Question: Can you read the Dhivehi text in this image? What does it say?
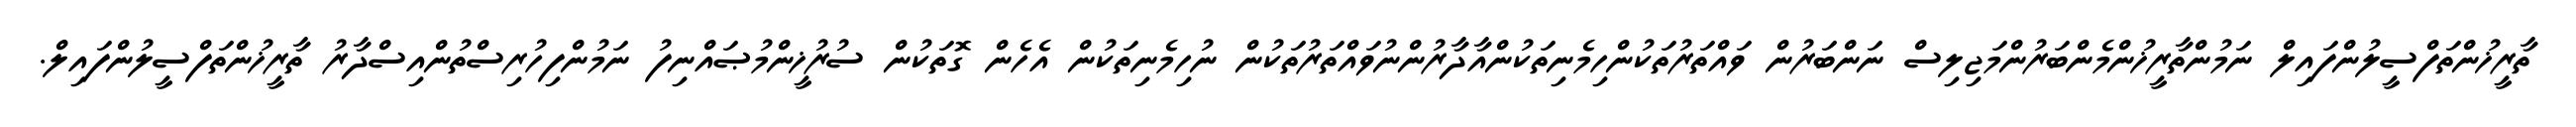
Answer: ތާރީޚުންތަފްސީލުންފައިލް ނަމުންތާރީޚުންމެންބަރުންމަޖިލިސް ނަންބަރުން ވައްތަރުތަކުންހިމެނިތަކުންއާދާރުންނުވައްތަރުތަކުން ނުހިމެނިތަކުން އެހެން ގޮތަކުން ސުރުޚީންމުޞައްނިފު ނަމުންފިހުރިސްތުންއިސްދާރު ތާރީޚުންތަފްސީލުންފައިލް.